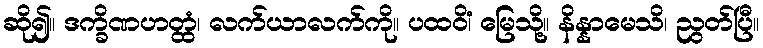
ဆို၍။ ဒက္ခိဏဟတ္ထံ၊ လက်ယာလက်ကို။ ပထဝိံ၊ မြေသို့။ နိန္နာမေသိ၊ ညွတ်ပြီ။